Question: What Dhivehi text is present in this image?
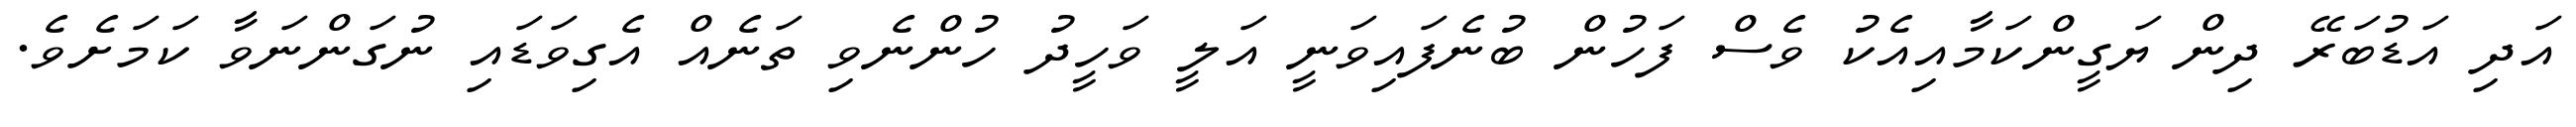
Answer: އަދި އަޑުބަރޭ ދިން ޔަގީންކަމާއިއެކު ވެސް ފަހުން ބުނެފައިވަނީ އަލީ ވަހީދު ހުންނެވި ތަނެއް އެގިވަޑައި ނުގަންނަވާ ކަމަށެވެ.